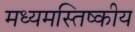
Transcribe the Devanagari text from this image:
मध्यमस्तिष्कीय